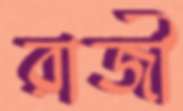
রাজী